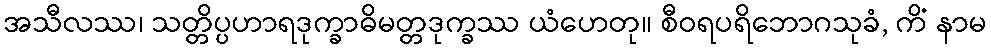
အသီလဿ၊ သတ္တိပ္ပဟာရဒုက္ခာဓိမတ္တဒုက္ခဿ ယံဟေတု။ စီဝရပရိဘောဂသုခံ, ကိံ နာမ